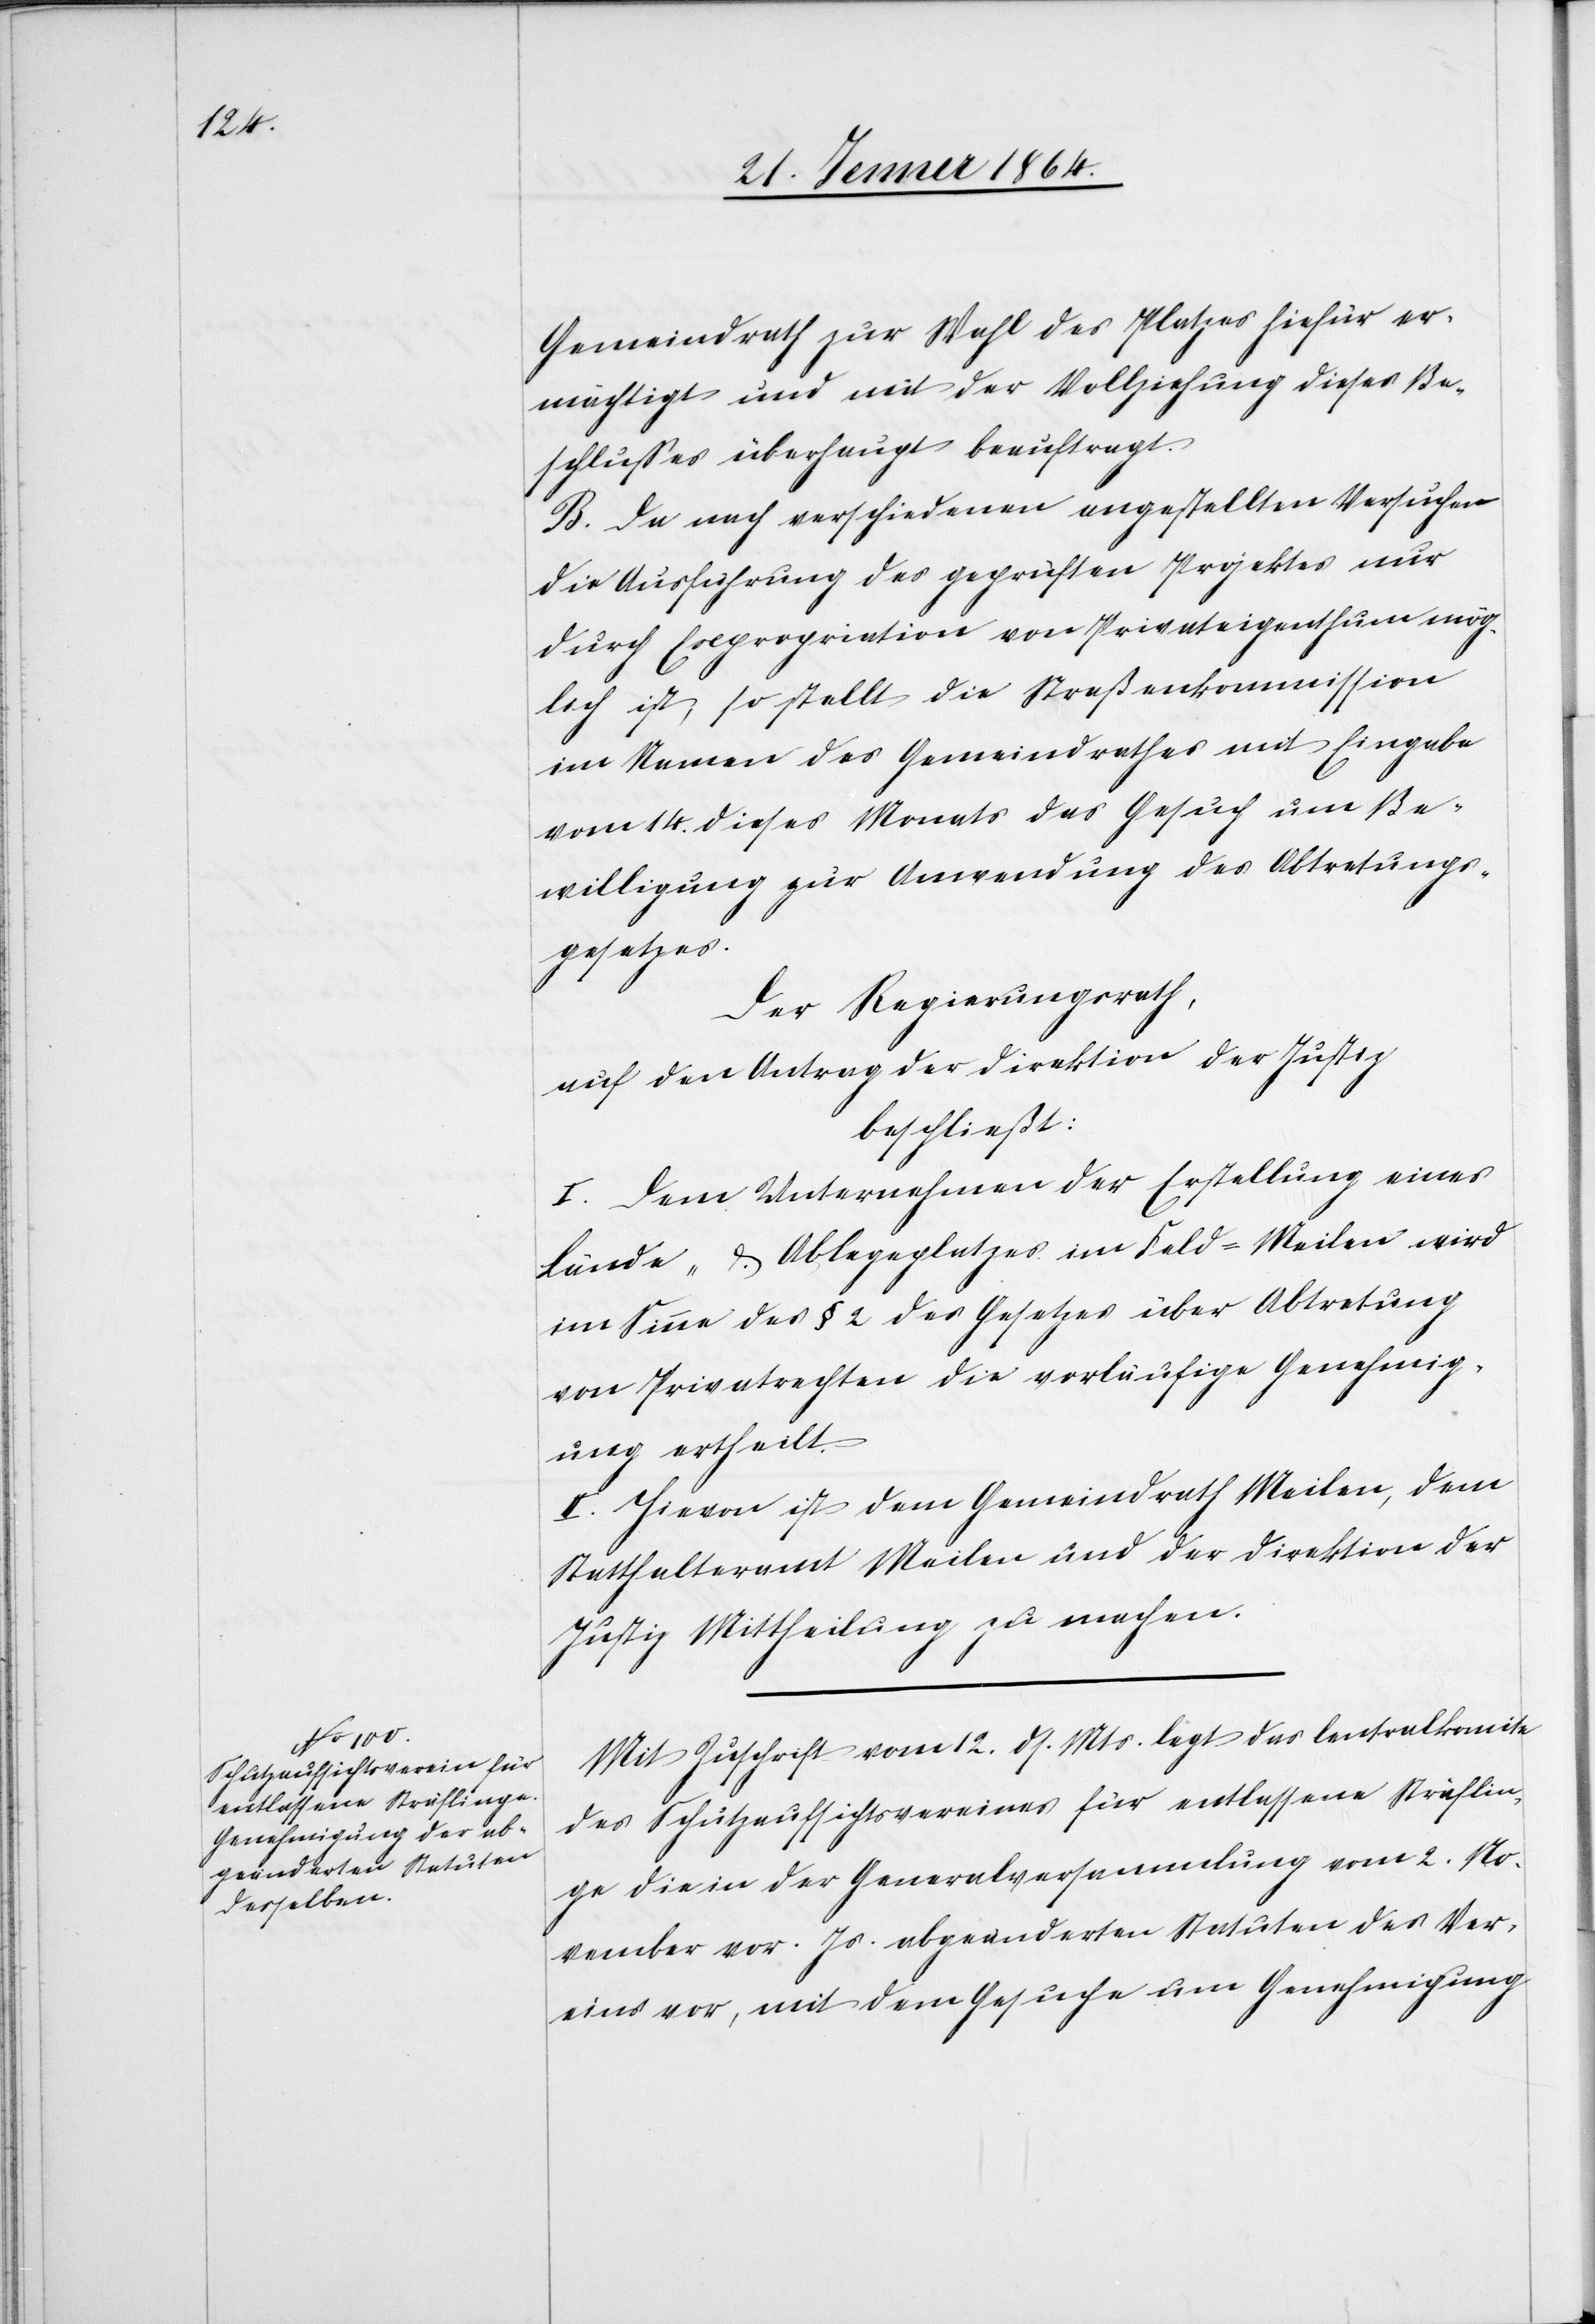
Gemeindrath zur Wahl des Platzes hierfür er¬
mächtigt und mit der Vollziehung dieses Be¬
schlusses überhaupt beauftragt.
B. Da nach verschiedenen angestellten Versuchen
die Ausführung des geprüften Projektes nur
durch Expropriation von Privateigenthum mög¬
lich ist, so stellt die Straßenkommission
im Namen des Gemeindrathes mit Eingabe
vom 14. dieses Monats das Gesuch um Be¬
willigung zur Anwendung des Abtretungs¬
gesetzes.
Der Regierungsrath,
auf den Antrag der Direktion der Justiz
beschließt:
I. Dem Unternehmen der Erstellung eines
Lände- &. Ablegeplatzes im [sic!] Feld-Meilen wird
im Sinne des § 2 des Gesetzes über Abtretung
von Privatrechten die vorläufige Genehmig¬
ung ertheilt.
II. Hievon ist dem Gemeindrath Meilen, dem
Statthalteramt Meilen und der Direktion der
Justiz Mittheilung zu machen.
Mit Zuschrift vom 12. ds. Mts. legt das Centralkomite
des Schutzaufsichtsvereines für entlassene Sträflin¬
ge die in der Generalversammlung vom 2. No¬
vember vor. Js. abgeänderten Statuten des Ver¬
eins vor, mit dem Gesuche um Genehmigung